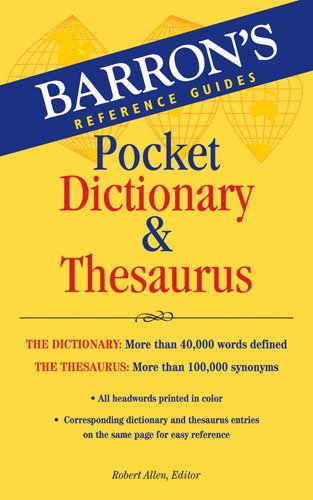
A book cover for Barron's Pocket Dictionary & Thesaurus; Reference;